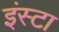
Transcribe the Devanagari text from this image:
इंस्टा